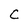
Character: C